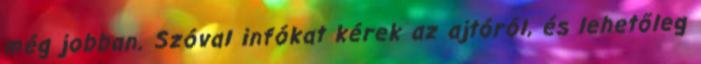
még jobban. Szóval infókat kérek az ajtóról, és lehetőleg